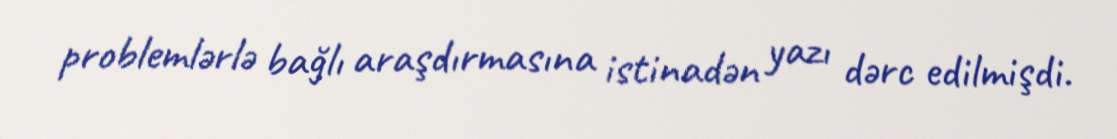
problemlərlə bağlı araşdırmasına istinadən yazı dərc edilmişdi.